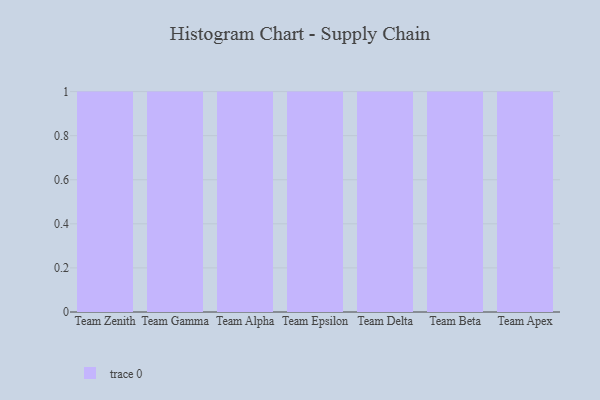
{"axis": {"x": "Team", "y": "LTV (USD)"}, "legend": [""], "data": [{"x": "Team Zenith", "y": 48, "type": ""}, {"x": "Team Gamma", "y": 49, "type": ""}, {"x": "Team Alpha", "y": 38, "type": ""}, {"x": "Team Epsilon", "y": 27, "type": ""}, {"x": "Team Delta", "y": 21, "type": ""}, {"x": "Team Beta", "y": 80, "type": ""}, {"x": "Team Apex", "y": 24, "type": ""}]}